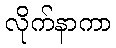
လိုက်နာကာ